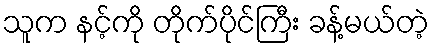
သူက နင့်ကို တိုက်ပိုင်ကြီး ခန့်မယ်တဲ့